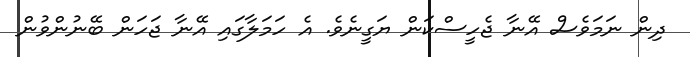
ދިން ނަމަވެސް އޭނާ ޖެހީސްކަން ޔަގީނެވެ. އެ ހަމަލާގައި އޭނާ ޖަހަން ބޭނުންވުން